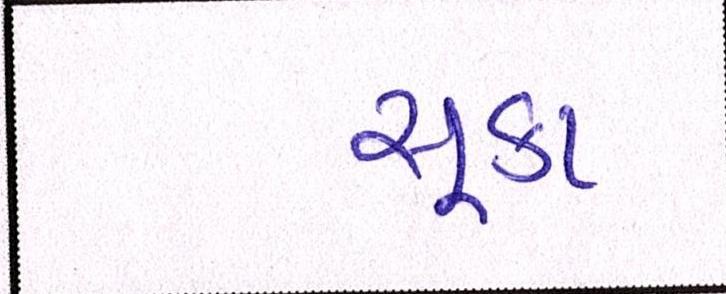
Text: સૂકા